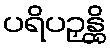
ပရိပဉှန္တိ